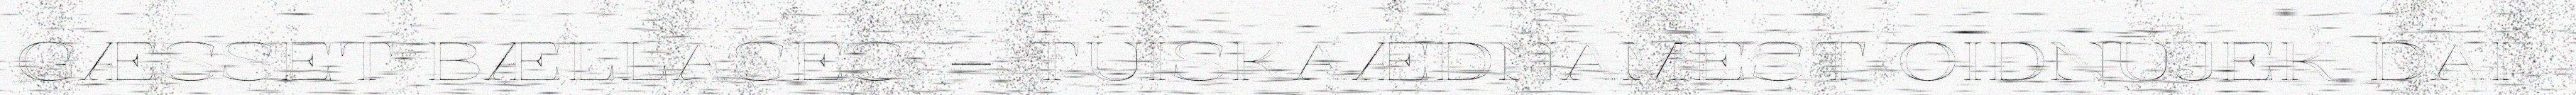
GÆSSET BÆLLASES. – TUISKAÆDNAMEST OIDNUJEK DAI